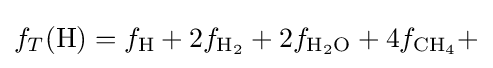
f_{T}(\mathrm {H} )=f_{\mathrm {H} }+2f_{\mathrm {H_{2}} }+2f_{\mathrm {H_{2}O} }+4f_{\mathrm {CH_{4}} }+